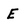
Character: E